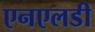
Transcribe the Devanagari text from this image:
एनएलडी